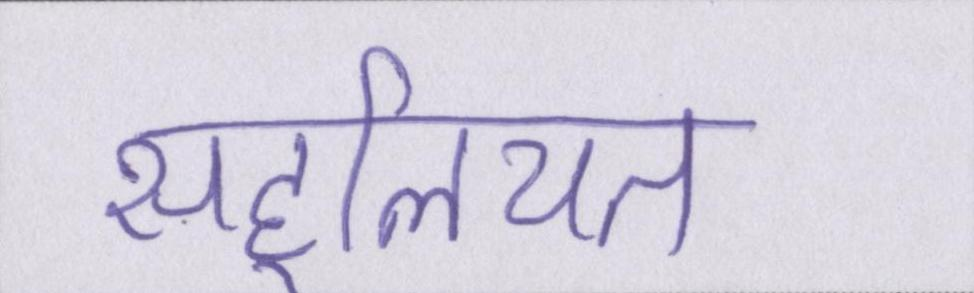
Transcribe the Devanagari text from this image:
सहूलियत